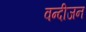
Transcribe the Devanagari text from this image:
वन्दीजन